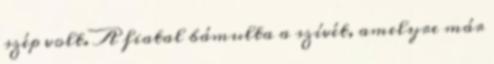
szép volt. A fiatal bámulta a szívét, amelyre már